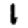
Digit: 1